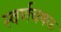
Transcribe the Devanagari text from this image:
स्वर्णचषक